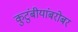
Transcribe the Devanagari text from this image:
कुटुंबीयांबरोबर